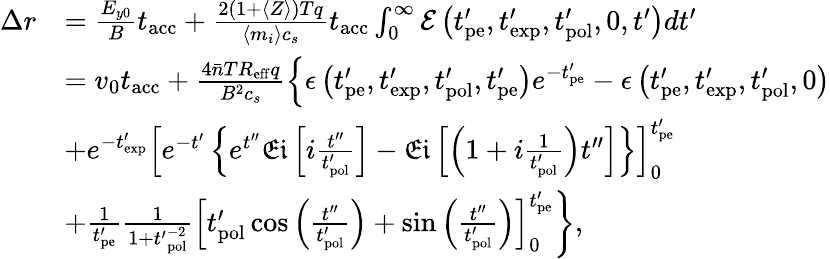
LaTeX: \begin{array}{rl}{\Delta r}&{=\frac{E_{y0}}{B}t_{\mathrm{acc}}+\frac{2(1+\langle Z\rangle)Tq}{\langle m_{i}\rangle c_{s}}t_{\mathrm{acc}}\int_{0}^{\infty}\mathcal{E}\left(t_{\mathrm{pe}}^{\prime},t_{\mathrm{exp}}^{\prime},t_{\mathrm{pol}}^{\prime},0,t^{\prime}\right)dt^{\prime}}\\ &{=v_{0}t_{\mathrm{acc}}+\frac{4\bar{n}TR_{\mathrm{eff}}q}{B^{2}c_{s}}\left\{ \epsilon\left(t_{\mathrm{pe}}^{\prime},t_{\mathrm{exp}}^{\prime},t_{\mathrm{pol}}^{\prime},t_{\mathrm{pe}}^{\prime}\right)e^{-t_{\mathrm{pe}}^{\prime}}-\epsilon\left(t_{\mathrm{pe}}^{\prime},t_{\mathrm{exp}}^{\prime},t_{\mathrm{pol}}^{\prime},0\right)\right.}\\ &{\left.+e^{-t_{\mathrm{exp}}^{\prime}}\left[e^{-t^{\prime}}\left\{ e^{t^{\prime\prime}}\mathfrak{Ei}\left[i\frac{t^{\prime\prime}}{t_{\mathrm{pol}}^{\prime}}\right]-\mathfrak{Ei}\left[\left(1+i\frac{1}{t_{\mathrm{pol}}^{\prime}}\right)t^{\prime\prime}\right]\right\} \right]_{0}^{t_{\mathrm{pe}}^{\prime}}\right.}\\ &{\left.+\frac{1}{t_{\mathrm{pe}}^{\prime}}\frac{1}{1+{t^{\prime}}_{\mathrm{pol}}^{-2}}\left[t_{\mathrm{pol}}^{\prime}\cos{\left(\frac{t^{\prime\prime}}{t_{\mathrm{pol}}^{\prime}}\right)}+\sin{\left(\frac{t^{\prime\prime}}{t_{\mathrm{pol}}^{\prime}}\right)}\right]_{0}^{t_{\mathrm{pe}}^{\prime}}\right\} ,}\end{array}